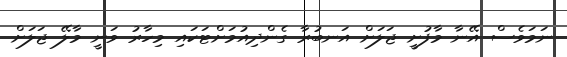
ނަމަވެސް އޭނާ މާފުށީ ޖަލަށް އަނބުރާ ގެންދިއުމަށްޓަކައި މިހާރު ވަނީ މާލޭ ޖަލަށް